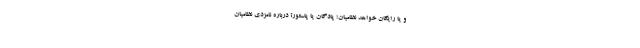
و یا رایگان خواهد نظامیان؛ پادگان یا پاستور؟ درباره نامزدی نظامیان